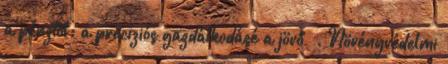
a pénztől; a precíziós gazdálkodásé a jövő –. Növényvédelmi